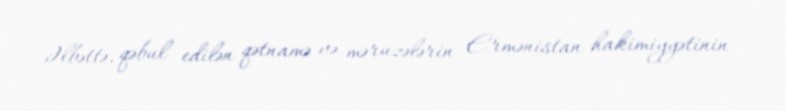
Əlbəttə, qəbul edilən qətnamə və məruzələrin Ermənistan hakimiyyətinin